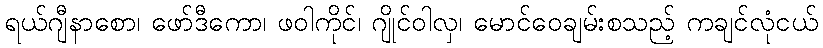
ရယ်ဂျီနာစော၊ ဖော်ဒီကော၊ ဖဝါကိုင်၊ ဂျိုင်ဝါလှ၊ မောင်ဝေချမ်းစသည့် ကချင်လုံငယ်